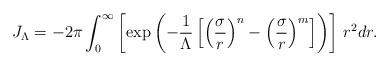
LaTeX: \begin{align*}J_{\Lambda} = - 2 \pi \int_{0}^{\infty} \left[ \exp \left( - \frac{1}{\Lambda}\left[ \left( \frac{\sigma}{r} \right)^{n} - \left( \frac{\sigma}{r} \right)^{m} \right] \right) \right] \, r^{2} dr.\end{align*}